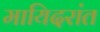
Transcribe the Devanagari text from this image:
मायिदरांत